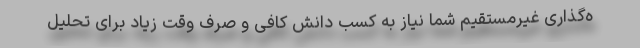
ه‌گذاری غیرمستقیم شما نیاز به کسب دانش کافی و صرف وقت زیاد برای تحلیل